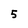
Character: 5